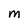
Character: M